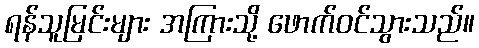
ရန်သူမြင်းများ အကြားသို့ ဖောက်ဝင်သွားသည်။